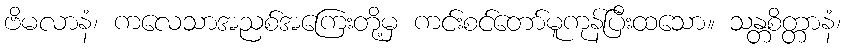
ဗိမလာနံ၊ ကလေသာအညစ်အကြေးတို့မှ ကင်းစင်တော်မူကုန်ပြီးထသော။ သန္တစိတ္တာနံ၊